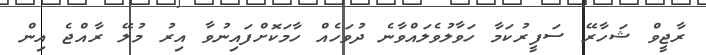
ރާޖީވް ޝަހާރޭ ސަފީރުކަމާ ހަވާލުވެލައްވާނެ ދުވަހެއް ހާމަކޮށްފައިނުވާ އިރު މުލޭ ރާއްޖެ އިން